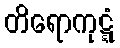
တိရောကုဋ္ဋံ